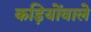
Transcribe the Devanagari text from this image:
कड़ियोंवाले